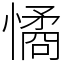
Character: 憰